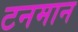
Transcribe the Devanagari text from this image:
टनमान